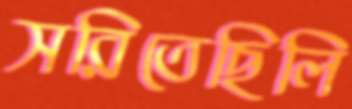
সরিতেছিলি